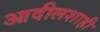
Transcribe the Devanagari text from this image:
आदीलशाही